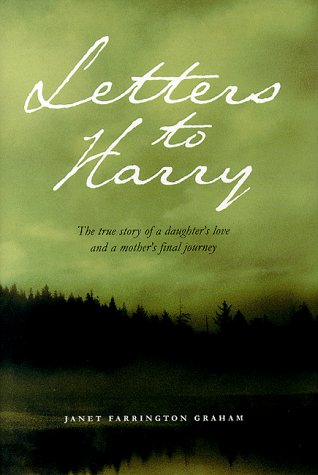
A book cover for Letters to Harry: A True Story of a Daughter's Love and a Mother's Final Journey; Janet Farrington Graham; Health, Fitness & Dieting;